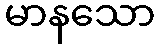
မာနသော